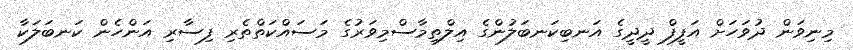
މިނިވަން ދުވަހަށް އަފީފް ދީދީގެ އަނބިކަނބަލުންގެ އިލްތިމާސްމިވަރުގެ މަސައްކަތްތެރި ފިސާރި އަންހެން ކަނބަލަކާ